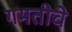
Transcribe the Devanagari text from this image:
गमतीचे